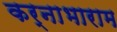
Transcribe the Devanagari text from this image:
कर्नाभाराम